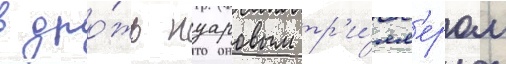
в дро́жь нуаровым тр'и́лл'ером